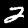
Digit: 2